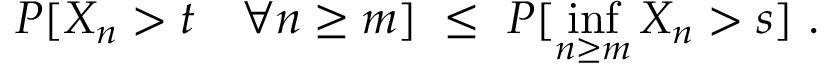
P [ X _ { n } > t \quad \forall n \ge m ] \ \le \ P [ \operatorname * { i n f } _ { n \ge m } X _ { n } > s ] \ .